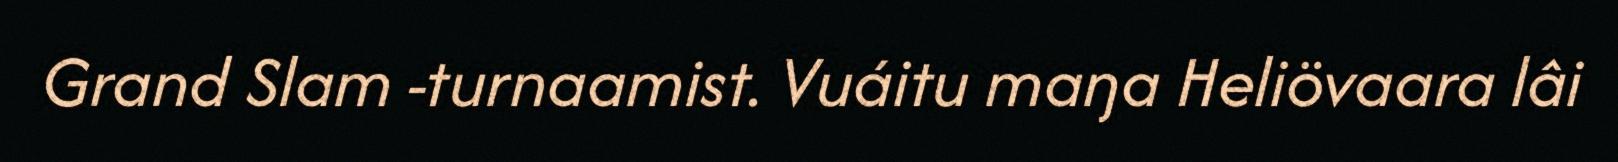
Grand Slam -turnaamist. Vuáitu maŋa Heliövaara lâi